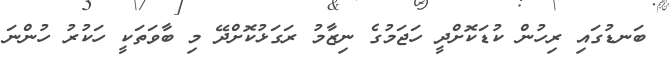
ބަނޑުގައި ރިހުން ކުޑަކޮށްދީ ހަޖަމުގެ ނިޒާމު ރަގަޅުކޮށްދޭ މި ބާވަތަކީ ހަކުރު ހުންނަ